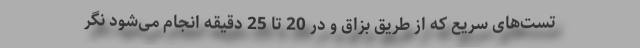
تست‌های سریع که از طریق بزاق و در 20 تا 25 دقیقه انجام می‌شود نگر